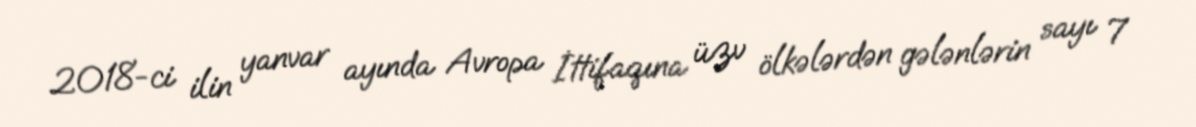
2018-ci ilin yanvar ayında Avropa İttifaqına üzv ölkələrdən gələnlərin sayı 7